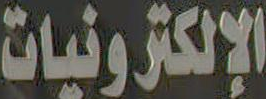
الإلكترونيات